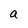
Character: a